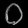
Digit: ၀